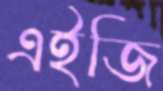
এইজি